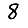
Digit: 8